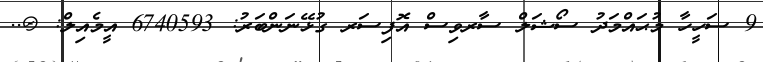
9 ސަހީހާ މުޙައްމަދު ސޯޝަލް ސާރވިސް އޮފިސަރ ގުޅޭނަންބަރު: 6740593 އީމެއިލް: @..